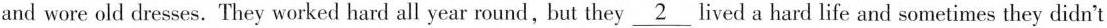
and wore old dresses. They worked hard all year round,but they \underline{2} lived a hard life and sometimes they didn't